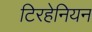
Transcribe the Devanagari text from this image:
टिरहेनियन